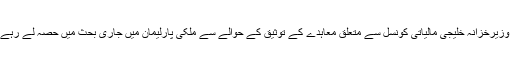
کویتی وزیرخزانہ خلیجی مالیاتی کونسل سے متعلق معاہدے کے توثیق کے حوالے سے ملکی پارلیمان میں جاری بحث میں حصہ لے رہے تھے۔